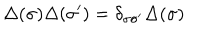
LaTeX: \Delta ( \sigma ) \Delta ( \sigma ^ { \prime } ) = \delta _ { \sigma \sigma ^ { \prime } } \Delta ( \sigma )